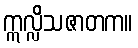
ဣလ္လိသဇာတက။